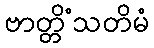
ဗာတ္တိံသတိမံ